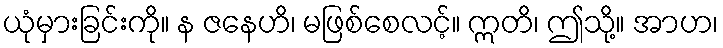
ယုံမှားခြင်းကို။ န ဇနေဟိ၊ မဖြစ်စေလင့်။ ဣတိ၊ ဤသို့။ အာဟ၊